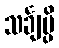
သင်္ချမ္ပိ